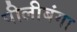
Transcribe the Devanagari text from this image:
पीलीबंगा